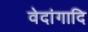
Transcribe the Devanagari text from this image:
वेदांगादि